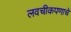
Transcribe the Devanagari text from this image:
लवचीकपणाचे